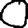
Digit: 0